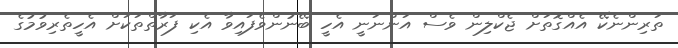
ތަރިންނެކޭ އެއްގޮތަށް ޖެކްލިން ވެސް އަންނަނީ އެހީ ބޭނުންވެފައިވާ އެކި ފަރާތްތަކަށް އެހީތެރިވުމުގެ